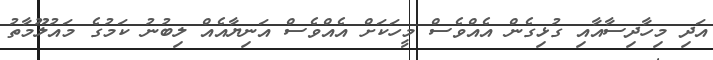
އަދި މިހާދިސާއާއި ގުޅިގެން އެއްވެސް މީހަކަށް އެއްވެސް އަނިޔާއެއް ލިބުނު ކަމުގެ މައުލޫމާތު